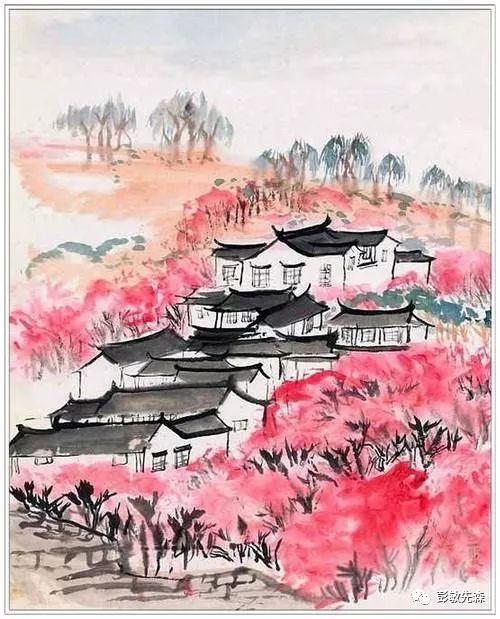
玄都观里桃千树，尽是刘郎去后栽。